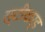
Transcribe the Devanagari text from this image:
स्टीवार्ड